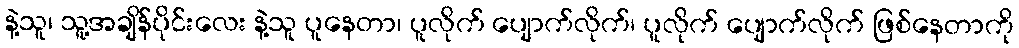
နဲ့သူ၊ သူ့အချိန်ပိုင်းလေး နဲ့သူ ပူနေတာ၊ ပူလိုက် ပျောက်လိုက်၊ ပူလိုက် ပျောက်လိုက် ဖြစ်နေတာကို